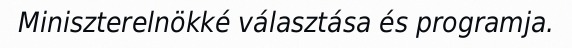
Miniszterelnökké választása és programja.